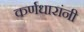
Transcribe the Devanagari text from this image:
कर्णधारांनी